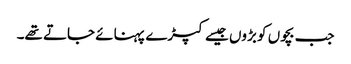
جب بچوں کو بڑوں جیسے کپڑے پہنائے جاتے تھے۔